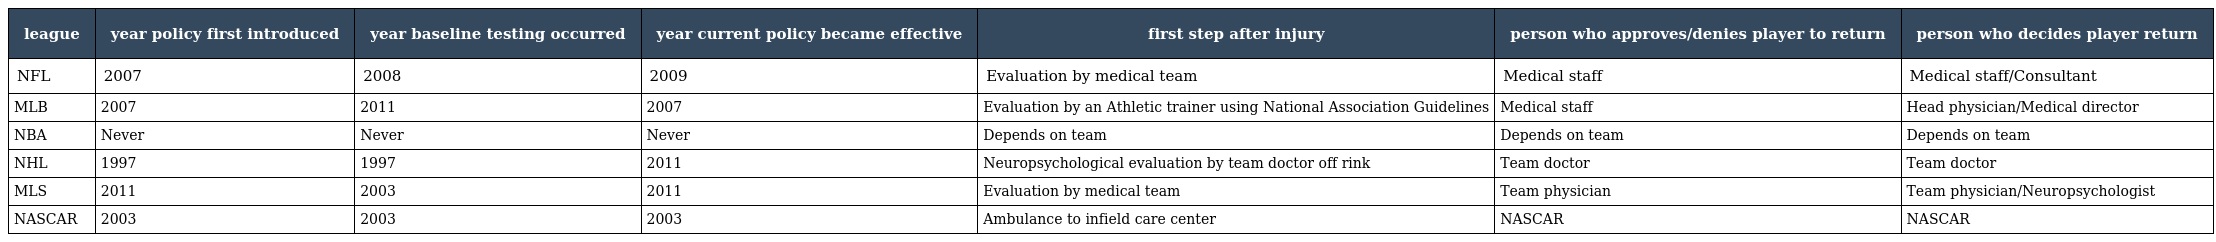
| league | year policy first introduced | year baseline testing occurred | year current policy became effective | first step after injury | person who approves/denies player to return | person who decides player return |
 | --- | --- | --- | --- | --- | --- | --- |
 | NFL | 2007 | 2008 | 2009 | Evaluation by medical team | Medical staff | Medical staff/Consultant |
 | MLB | 2007 | 2011 | 2007 | Evaluation by an Athletic trainer using National Association Guidelines | Medical staff | Head physician/Medical director |
 | NBA | Never | Never | Never | Depends on team | Depends on team | Depends on team |
 | NHL | 1997 | 1997 | 2011 | Neuropsychological evaluation by team doctor off rink | Team doctor | Team doctor |
 | MLS | 2011 | 2003 | 2011 | Evaluation by medical team | Team physician | Team physician/Neuropsychologist |
 | NASCAR | 2003 | 2003 | 2003 | Ambulance to infield care center | NASCAR | NASCAR |